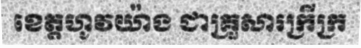
ខេត្តហូវយ៉ាង ជាគ្រួសារក្រីក្រ